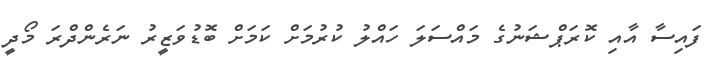
ފައިސާ އާއި ކޮރަޕްޝަނުގެ މައްސަލަ ހައްލު ކުރުމަށް ކަމަށް ބޮޑުވަޒީރު ނަރެންދްރަ މޯދީ